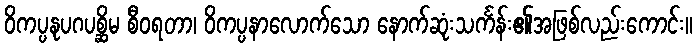
ဝိကပ္ပနုပဂပစ္ဆိမ စီဝရတာ၊ ဝိကပ္ပနာလောက်သော နောက်ဆုံးသင်္ကန်း၏အဖြစ်လည်းကောင်း။